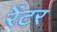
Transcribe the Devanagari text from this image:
रेंटर